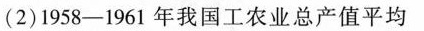
(2)1958-1961年我国工农业总产值平均